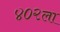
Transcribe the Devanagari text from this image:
४०२ला